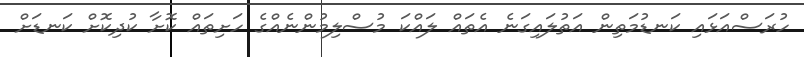
ހުރަސްއަޅައި ކަނޑުމަތިން އަތުލައިގަނެ އެތައް ލައްކަ މުސްލިމުންނެއްގެ ހަށިތައް ކޮށާ ކުދިކޮށް ކަނޑަށް